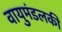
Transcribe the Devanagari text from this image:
वायुमंडलकी